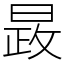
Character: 晸